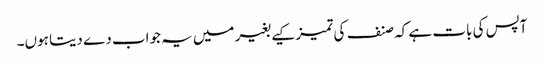
آپس کی بات ہے کہ صنف کی تمیز کیے بغیر میں یہ جواب دے دیتا ہوں۔